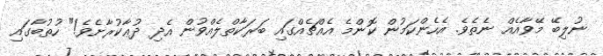
ނުލިބޭ މޭވާއެއް ނެތެވެ. އެހެންކަމުން ކޮންމެ އެއްޗެއްގައި ބަރަކާތްލެއްވުން އެދި ދުޢާކުރާށެވެ!" ހުތުބާގައި